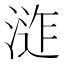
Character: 𭱕